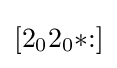
[2_{0}2_{0}{*}{:}]